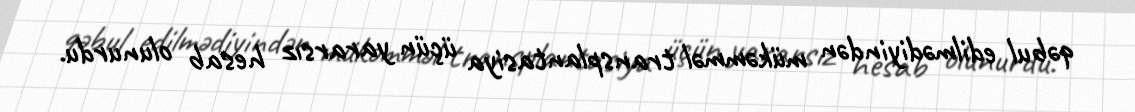
qəbul edilmədiyindən mükəmməl transplantasiya üçün yararsız hesab olunurdu.